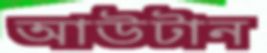
আউটান